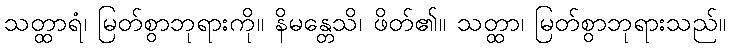
သတ္ထာရံ၊ မြတ်စွာဘုရားကို။ နိမန္တေသိ၊ ဖိတ်၏။ သတ္ထာ၊ မြတ်စွာဘုရားသည်။